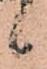
候